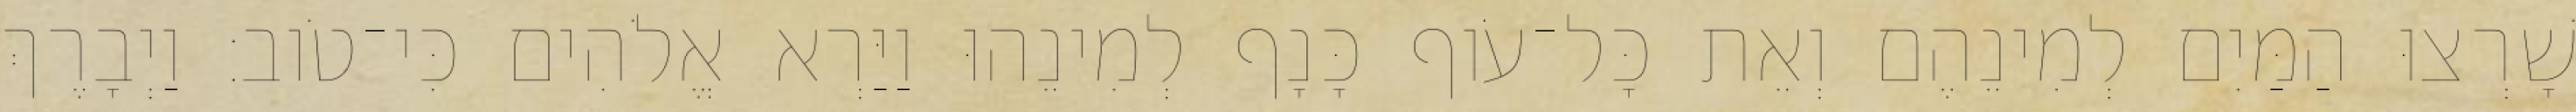
שָׁרְצוּ הַמַּיִם לְמִינֵהֶם וְאֵת כָּל־עֹוף כָּנָף לְמִינֵהוּ וַיַּרְא אֱלֹהִים כִּי־טֹוב׃ וַיְבָרֶךְ